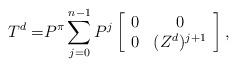
LaTeX: \begin{align*} T^{d}=&P^\pi\sum_{j=0}^{n-1}P^j\left[\begin{array}{cc} 0 & 0 \\ 0 & (Z^d)^{j+1} \end{array}\right], \end{align*}